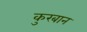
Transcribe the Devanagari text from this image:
कुरबान